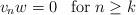
LaTeX: \begin{align*}v_nw = 0\;\;\; {\rm for}\; n \geq k\end{align*}